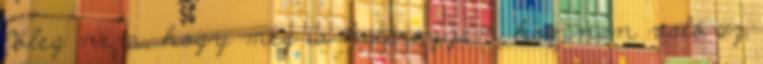
főleg nem, hogy meg is határozzam honnan való az